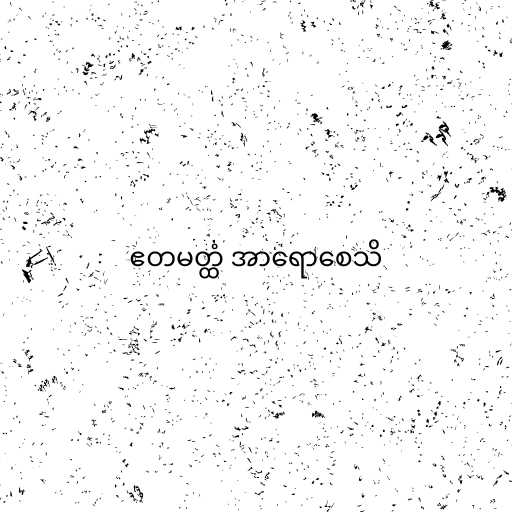
ဧတမတ္ထံ အာရောစေသိ